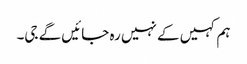
ہم کہیں کے نہیں رہ جائیں گے جی۔